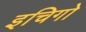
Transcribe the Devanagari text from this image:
इचिगो